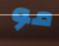
مو